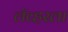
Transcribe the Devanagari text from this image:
लॅव्हरला